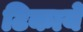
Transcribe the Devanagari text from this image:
टिकायें